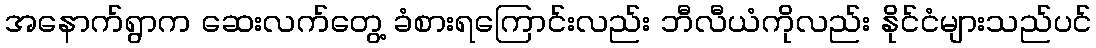
အနောက်ရွာက ဆေးလက်တွေ့ ခံစားရကြောင်းလည်း ဘီလီယံကိုလည်း နိုင်ငံများသည်ပင်